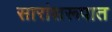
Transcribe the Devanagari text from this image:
सारांशरूपात